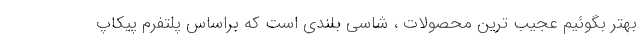
بهتر بگوئیم عجیب ترین محصولات ، شاسی بلندی است که براساس پلتفرم پیکاپ